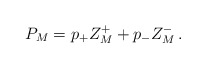
\begin{align*}P_M= p_+ Z_M^+ +p_- Z_M^-\,.\end{align*}